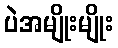
ပဲအမျိုးမျိုး